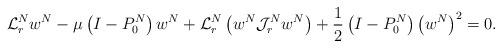
LaTeX: \begin{align*}\mathcal L_r^N w^N - \mu \left( I - P_0^N \right) w^N + \mathcal L_r^N \left( w^N\mathcal J_r^N w^N \right) + \frac 12 \left( I - P_0^N \right) \left( w^N \right)^2= 0 . \end{align*}